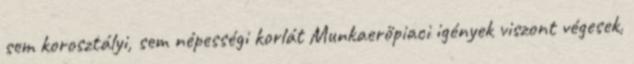
sem korosztályi, sem népességi korlát Munkaerőpiaci igények viszont végesek,